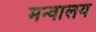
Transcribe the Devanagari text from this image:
मन्वालय